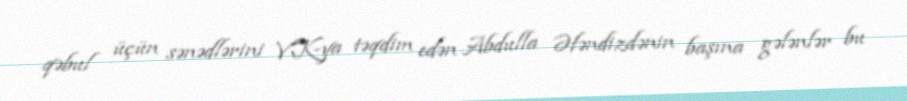
qəbul üçün sənədlərini VK-ya təqdim edən Abdulla Əfəndizdənin başına gələnlər bu